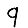
Digit: 9